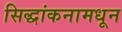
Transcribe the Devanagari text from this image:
सिद्धांकनामधून